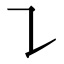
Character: ㇊